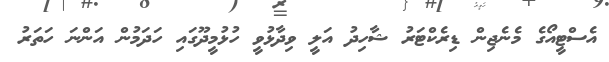
އެސްޓީއޯގެ މެނެޖިން ޑިރެކްޓަރު ޝާހިދު އަލީ ވިދާޅުވީ ހުޅުމީދޫގައި ހަދަމުން އަންނަ ހަތަރު